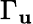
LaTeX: \Gamma_{\mathbf{u}}